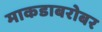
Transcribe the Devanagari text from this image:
माकडाबरोबर